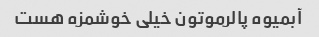
آبمیوه پالرموتون خیلی خوشمزه هست